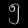
Digit: ၅